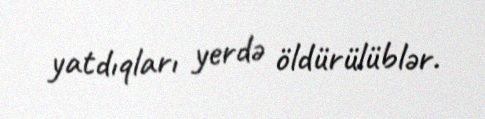
yatdıqları yerdə öldürülüblər.